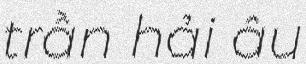
trần hải âu